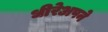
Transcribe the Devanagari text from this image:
धीरेअपने